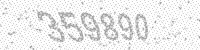
Solution: 359890